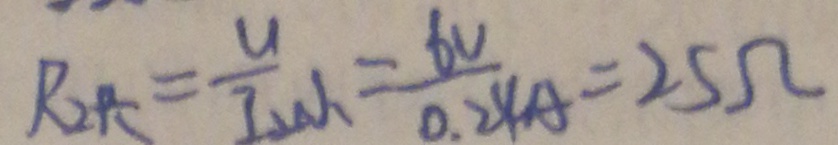
R _ { 2 R } = \frac { U } { I _ { w _ { 1 } } } = \frac { 6 v } { 0 . 2 4 A } = 2 5 \Omega